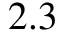
2 . 3